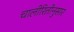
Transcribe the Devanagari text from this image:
चालीरितीनुसार